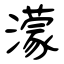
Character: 濛